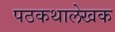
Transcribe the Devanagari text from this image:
पठकथालेखक